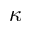
\kappa